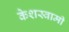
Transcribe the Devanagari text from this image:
केशस्वामी